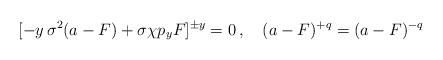
LaTeX: \begin{align*}[-y \,\sigma^2 (a - F) + \sigma\chi p_y F]^{\pm y} = 0\,,\quad (a-F)^{+q}=(a-F)^{-q}\end{align*}